65_HS1-834228961_62-HQ-83894_Section_3
Agency: FBI
Page 68
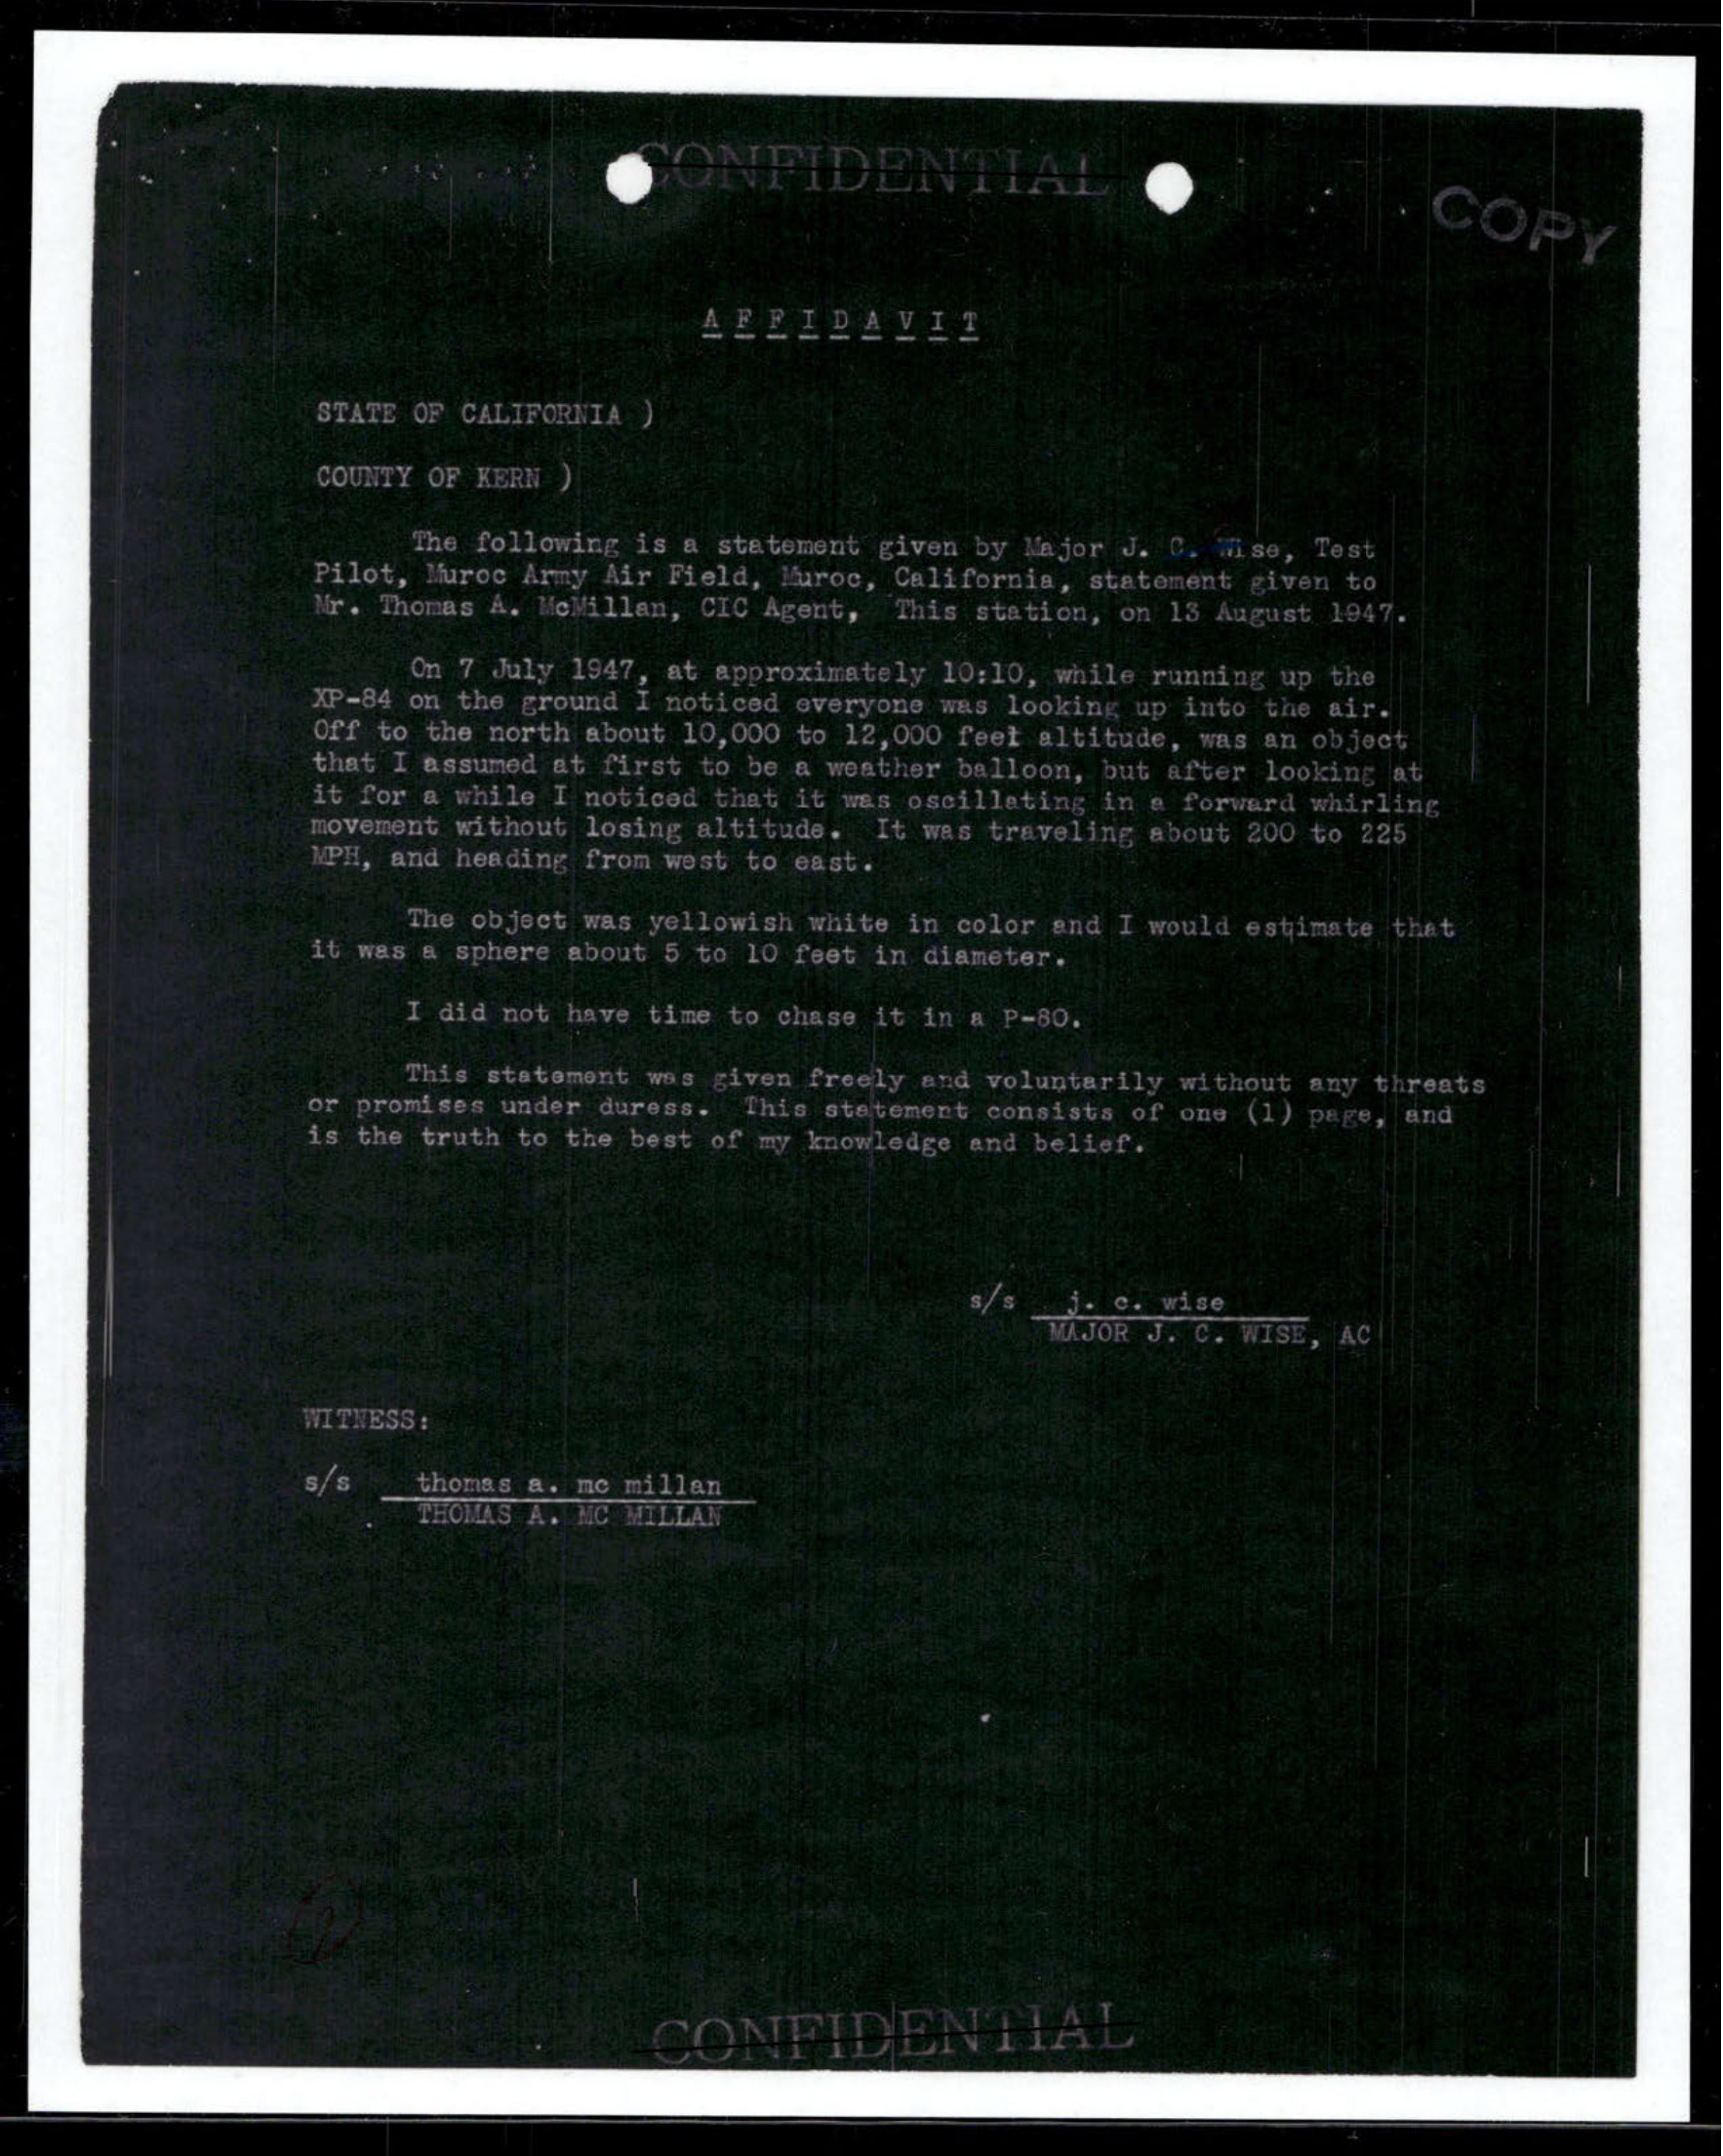